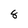
Character: 8